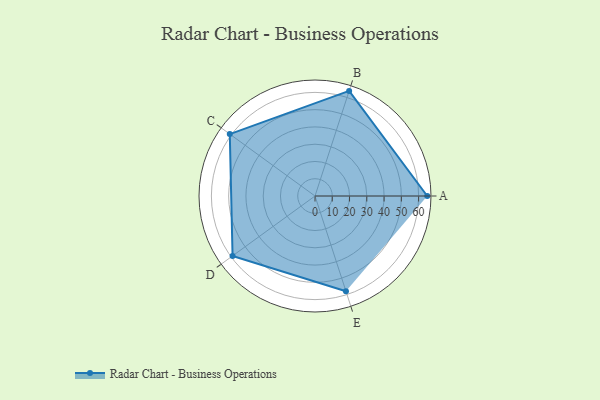
{"axis": {"x": "Skill", "y": "Score"}, "legend": ["Profile"], "data": [{"x": "A", "y": 65.0, "type": "Profile"}, {"x": "B", "y": 64.0, "type": "Profile"}, {"x": "C", "y": 61.0, "type": "Profile"}, {"x": "D", "y": 59.0, "type": "Profile"}, {"x": "E", "y": 58.0, "type": "Profile"}]}